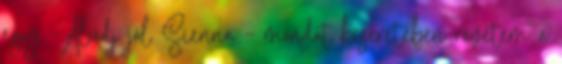
egy -Aludj jól Sienna – mondat kíséretében rávetem a